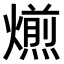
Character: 𤐄